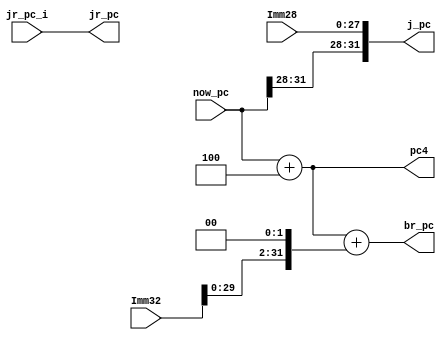
`timescale 1ns / 1ps

module NPC(now_pc, Imm32, Imm28, jr_pc_i,
		   pc4, br_pc, j_pc, jr_pc);

	input [31:0] now_pc;
	input [27:0] Imm28;
	input [31:0] Imm32, jr_pc_i;
	
	output [31:0] pc4, br_pc, j_pc, jr_pc;
	
	assign pc4 = now_pc + 4;
	assign br_pc = pc4 + (Imm32 << 2);
	assign j_pc = {now_pc[31:28], Imm28};  //j/jal
	assign jr_pc = jr_pc_i;

endmodule